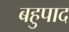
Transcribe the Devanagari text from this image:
बहुपाद